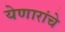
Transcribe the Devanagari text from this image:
येणारांचे